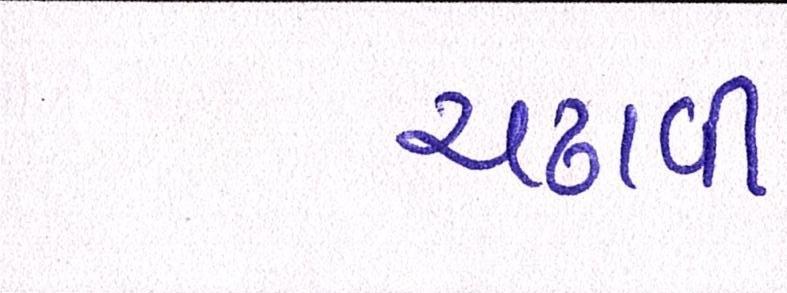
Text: ચઢાવી